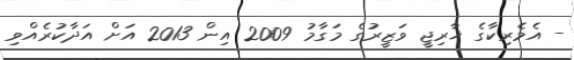
- އެެމެރިކާގެ ޚާރިޖީ ވަޒީރުގެ މަގާމު 2009 އިން 2013 އަށް އަދާކުރެއްވި